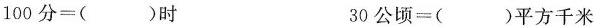
100分=( )时 30公顷=( )平方千米